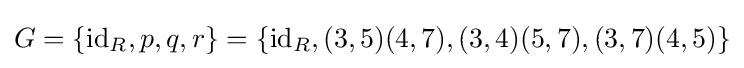
G=\{\operatorname {id} _{R},p,q,r\}=\{\operatorname {id} _{R},(3,5)(4,7),(3,4)(5,7),(3,7)(4,5)\}